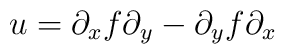
u=\partial _xf\partial _y-\partial _yf\partial _x